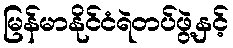
မြန်မာနိုင်ငံရဲတပ်ဖွဲ့နှင့်